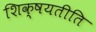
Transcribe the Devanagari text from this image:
शिक्षयतीति